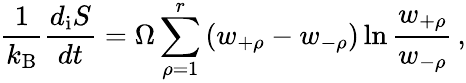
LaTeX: \frac{1}{k_{\mathrm{B}}}\frac{d_{\mathrm{i}}S}{dt}=\Omega\sum_{\rho=1}^{r}\left(w_{+\rho}-w_{-\rho}\right)\ln\frac{w_{+\rho}}{w_{-\rho}}\, ,